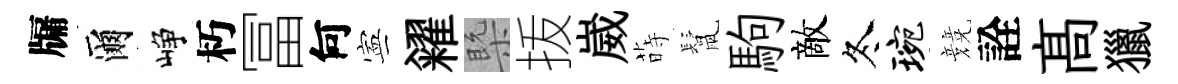
牖爾峥朽冨何寕糴槩㧞崴蒔鬛駒敵冬琬競詮髙獵